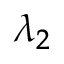
\lambda _ { 2 }